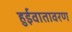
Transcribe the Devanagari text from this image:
हुईवातावरण